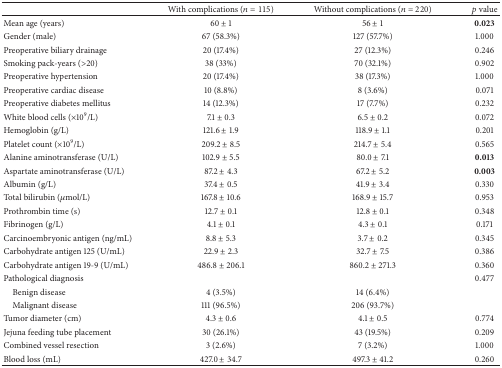
<table><thead><tr><td><b> </b></td><td><b>With complications (<i>n</i> = 115)</b></td><td><b>Without complications (<i>n</i> = 220)</b></td><td><b><i>p</i> value</b></td></tr></thead><tbody><tr><td>Mean age (years)</td><td>60 ± 1</td><td>56 ± 1</td><td><b>0.023</b></td></tr><tr><td>Gender (male)</td><td>67 (58.3%)</td><td>127 (57.7%)</td><td>1.000</td></tr><tr><td>Preoperative biliary drainage</td><td>20 (17.4%)</td><td>27 (12.3%)</td><td>0.246</td></tr><tr><td>Smoking pack-years (&gt;20)</td><td>38 (33%)</td><td>70 (32.1%)</td><td>0.902</td></tr><tr><td>Preoperative hypertension</td><td>20 (17.4%)</td><td>38 (17.3%)</td><td>1.000</td></tr><tr><td>Preoperative cardiac disease</td><td>10 (8.8%)</td><td>8 (3.6%)</td><td>0.071</td></tr><tr><td>Preoperative diabetes mellitus</td><td>14 (12.3%)</td><td>17 (7.7%)</td><td>0.232</td></tr><tr><td>White blood cells (×10<sup>9</sup>/L)</td><td>7.1 ± 0.3</td><td>6.5 ± 0.2</td><td>0.072</td></tr><tr><td>Hemoglobin (g/L)</td><td>121.6 ± 1.9</td><td>118.9 ± 1.1</td><td>0.201</td></tr><tr><td>Platelet count (×10<sup>9</sup>/L)</td><td>209.2 ± 8.5</td><td>214.7 ± 5.4</td><td>0.565</td></tr><tr><td>Alanine aminotransferase (U/L)</td><td>102.9 ± 5.5</td><td>80.0 ± 7.1</td><td><b>0.013</b></td></tr><tr><td>Aspartate aminotransferase (U/L)</td><td>87.2 ± 4.3</td><td>67.2 ± 5.2</td><td><b>0.003</b></td></tr><tr><td>Albumin (g/L)</td><td>37.4 ± 0.5</td><td>41.9 ± 3.4</td><td>0.330</td></tr><tr><td>Total bilirubin (<i>μ</i>mol/L)</td><td>167.8 ± 10.6</td><td>168.9 ± 15.7</td><td>0.953</td></tr><tr><td>Prothrombin time (s)</td><td>12.7 ± 0.1</td><td>12.8 ± 0.1</td><td>0.348</td></tr><tr><td>Fibrinogen (g/L)</td><td>4.1 ± 0.1</td><td>4.3 ± 0.1</td><td>0.171</td></tr><tr><td>Carcinoembryonic antigen (ng/mL)</td><td>8.8 ± 5.3</td><td>3.7 ± 0.2</td><td>0.345</td></tr><tr><td>Carbohydrate antigen 125 (U/mL)</td><td>22.9 ± 2.3</td><td>32.7 ± 7.5</td><td>0.386</td></tr><tr><td>Carbohydrate antigen 19-9 (U/mL)</td><td>486.8 ± 206.1</td><td>860.2 ± 271.3</td><td>0.360</td></tr><tr><td>Pathological diagnosis</td><td> </td><td> </td><td>0.477</td></tr><tr><td> Benign disease</td><td>4 (3.5%)</td><td>14 (6.4%)</td><td> </td></tr><tr><td> Malignant disease</td><td>111 (96.5%)</td><td>206 (93.7%)</td><td> </td></tr><tr><td>Tumor diameter (cm)</td><td>4.3 ± 0.6</td><td>4.1 ± 0.5</td><td>0.774</td></tr><tr><td>Jejuna feeding tube placement</td><td>30 (26.1%)</td><td>43 (19.5%)</td><td>0.209</td></tr><tr><td>Combined vessel resection</td><td>3 (2.6%)</td><td>7 (3.2%)</td><td>1.000</td></tr><tr><td>Blood loss (mL)</td><td>427.0 ± 34.7</td><td>497.3 ± 41.2</td><td>0.260</td></tr></tbody></table>